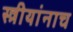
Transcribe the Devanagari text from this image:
स्त्रीयांनाच